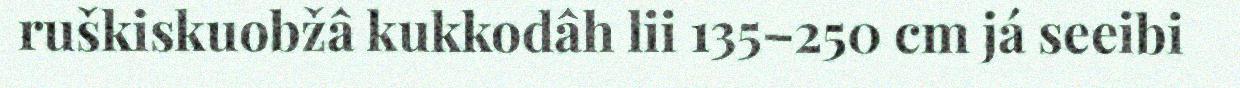
ruškiskuobžâ kukkodâh lii 135–250 cm já seeibi